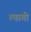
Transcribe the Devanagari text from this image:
त्‍यागी